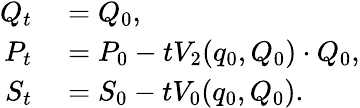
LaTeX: \begin{array}{rl}{Q_{t}}&{{}=Q_{0},}\\ {P_{t}}&{{}=P_{0}-tV_{2}(q_{0},Q_{0})\cdot Q_{0},}\\ {S_{t}}&{{}=S_{0}-tV_{0}(q_{0},Q_{0}).}\end{array}